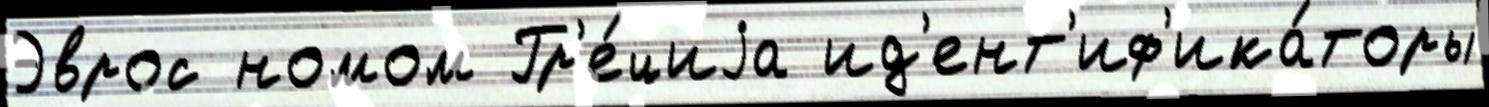
Эврос номом Гр'е́циjа ид'ент'иф'ика́торы